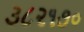
૩૮૨૧૭૦